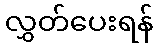
လွှတ်ပေးရန်